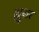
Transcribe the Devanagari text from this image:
ह्युसर